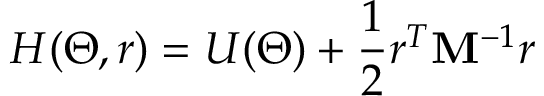
H ( \Theta , r ) = U ( \Theta ) + \frac { 1 } { 2 } r ^ { T } \mathbf { M } ^ { - 1 } r